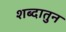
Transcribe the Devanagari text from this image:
शब्दातुन